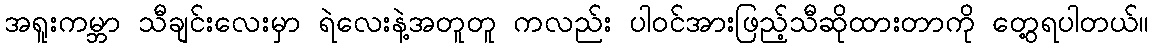
အရူးကမ္ဘာ သီချင်းလေးမှာ ရဲလေးနဲ့အတူတူ ကလည်း ပါဝင်အားဖြည့်သီဆိုထားတာကို တွေ့ရပါတယ်။